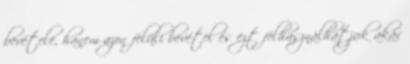
bevétele, hanem azon felüli bevétel és ezt felhasználhatjuk akár